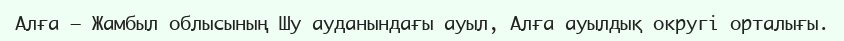
Алға — Жамбыл облысының Шу ауданындағы ауыл, Алға ауылдық округі орталығы.